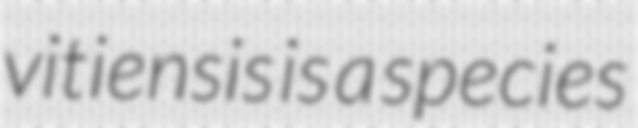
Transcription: vitiensis is a species